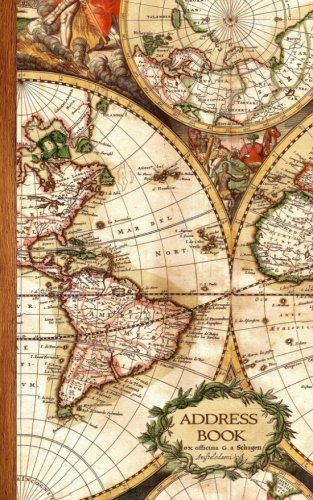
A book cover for Address Book: Antique Map Gifts / Presents ( Small Telephone and Address Book ) (Address Books - Travel & World Cultures); smART bookx; Reference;